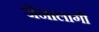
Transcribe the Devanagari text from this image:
जैनालागी